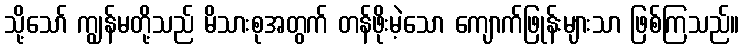
သို့သော် ကျွန်မတို့သည် မိသားစုအတွက် တန်ဖိုးမဲ့သော ကျောက်ဖြုန်းများသာ ဖြစ်ကြသည်။